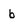
Character: b